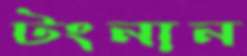
টংনান